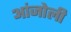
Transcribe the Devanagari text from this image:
आंजोली